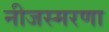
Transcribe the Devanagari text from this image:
नीजस्मरणा